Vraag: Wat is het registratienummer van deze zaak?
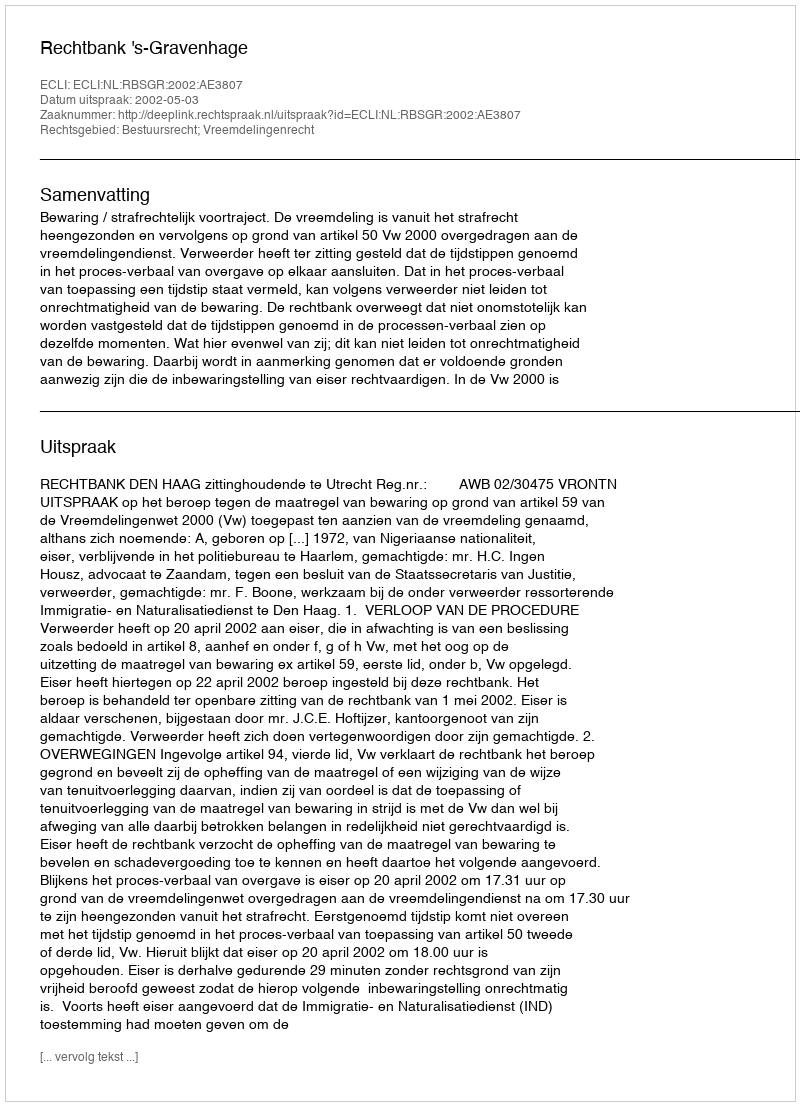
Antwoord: http://deeplink.rechtspraak.nl/uitspraak?id=ECLI:NL:RBSGR:2002:AE3807